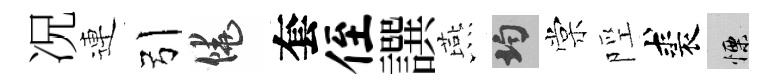
况連引饒套侄譔燕均棠陘裘慄